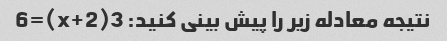
نتیجه معادله زیر را پیش بینی کنید: 3(x+2)=6